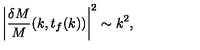
\left| { \frac { \delta M } { M } } ( k , t _ { f } ( k ) ) \right| ^ { 2 } \sim k ^ { 2 } ,